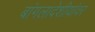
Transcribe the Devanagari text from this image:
बांगलादेशीयांवर